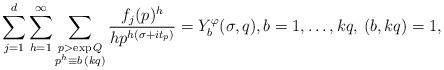
LaTeX: \begin{align*}\sum_{j=1}^d\sum_{h=1}^{\infty}\sum_{\substack{p> \exp{Q}\\p^h\equiv b\,(kq)}}\frac{f_j(p)^h}{hp^{h(\sigma+it_p)}}=Y_b^\varphi(\sigma,q),b=1,\ldots,kq,\, (b,kq)=1,\end{align*}